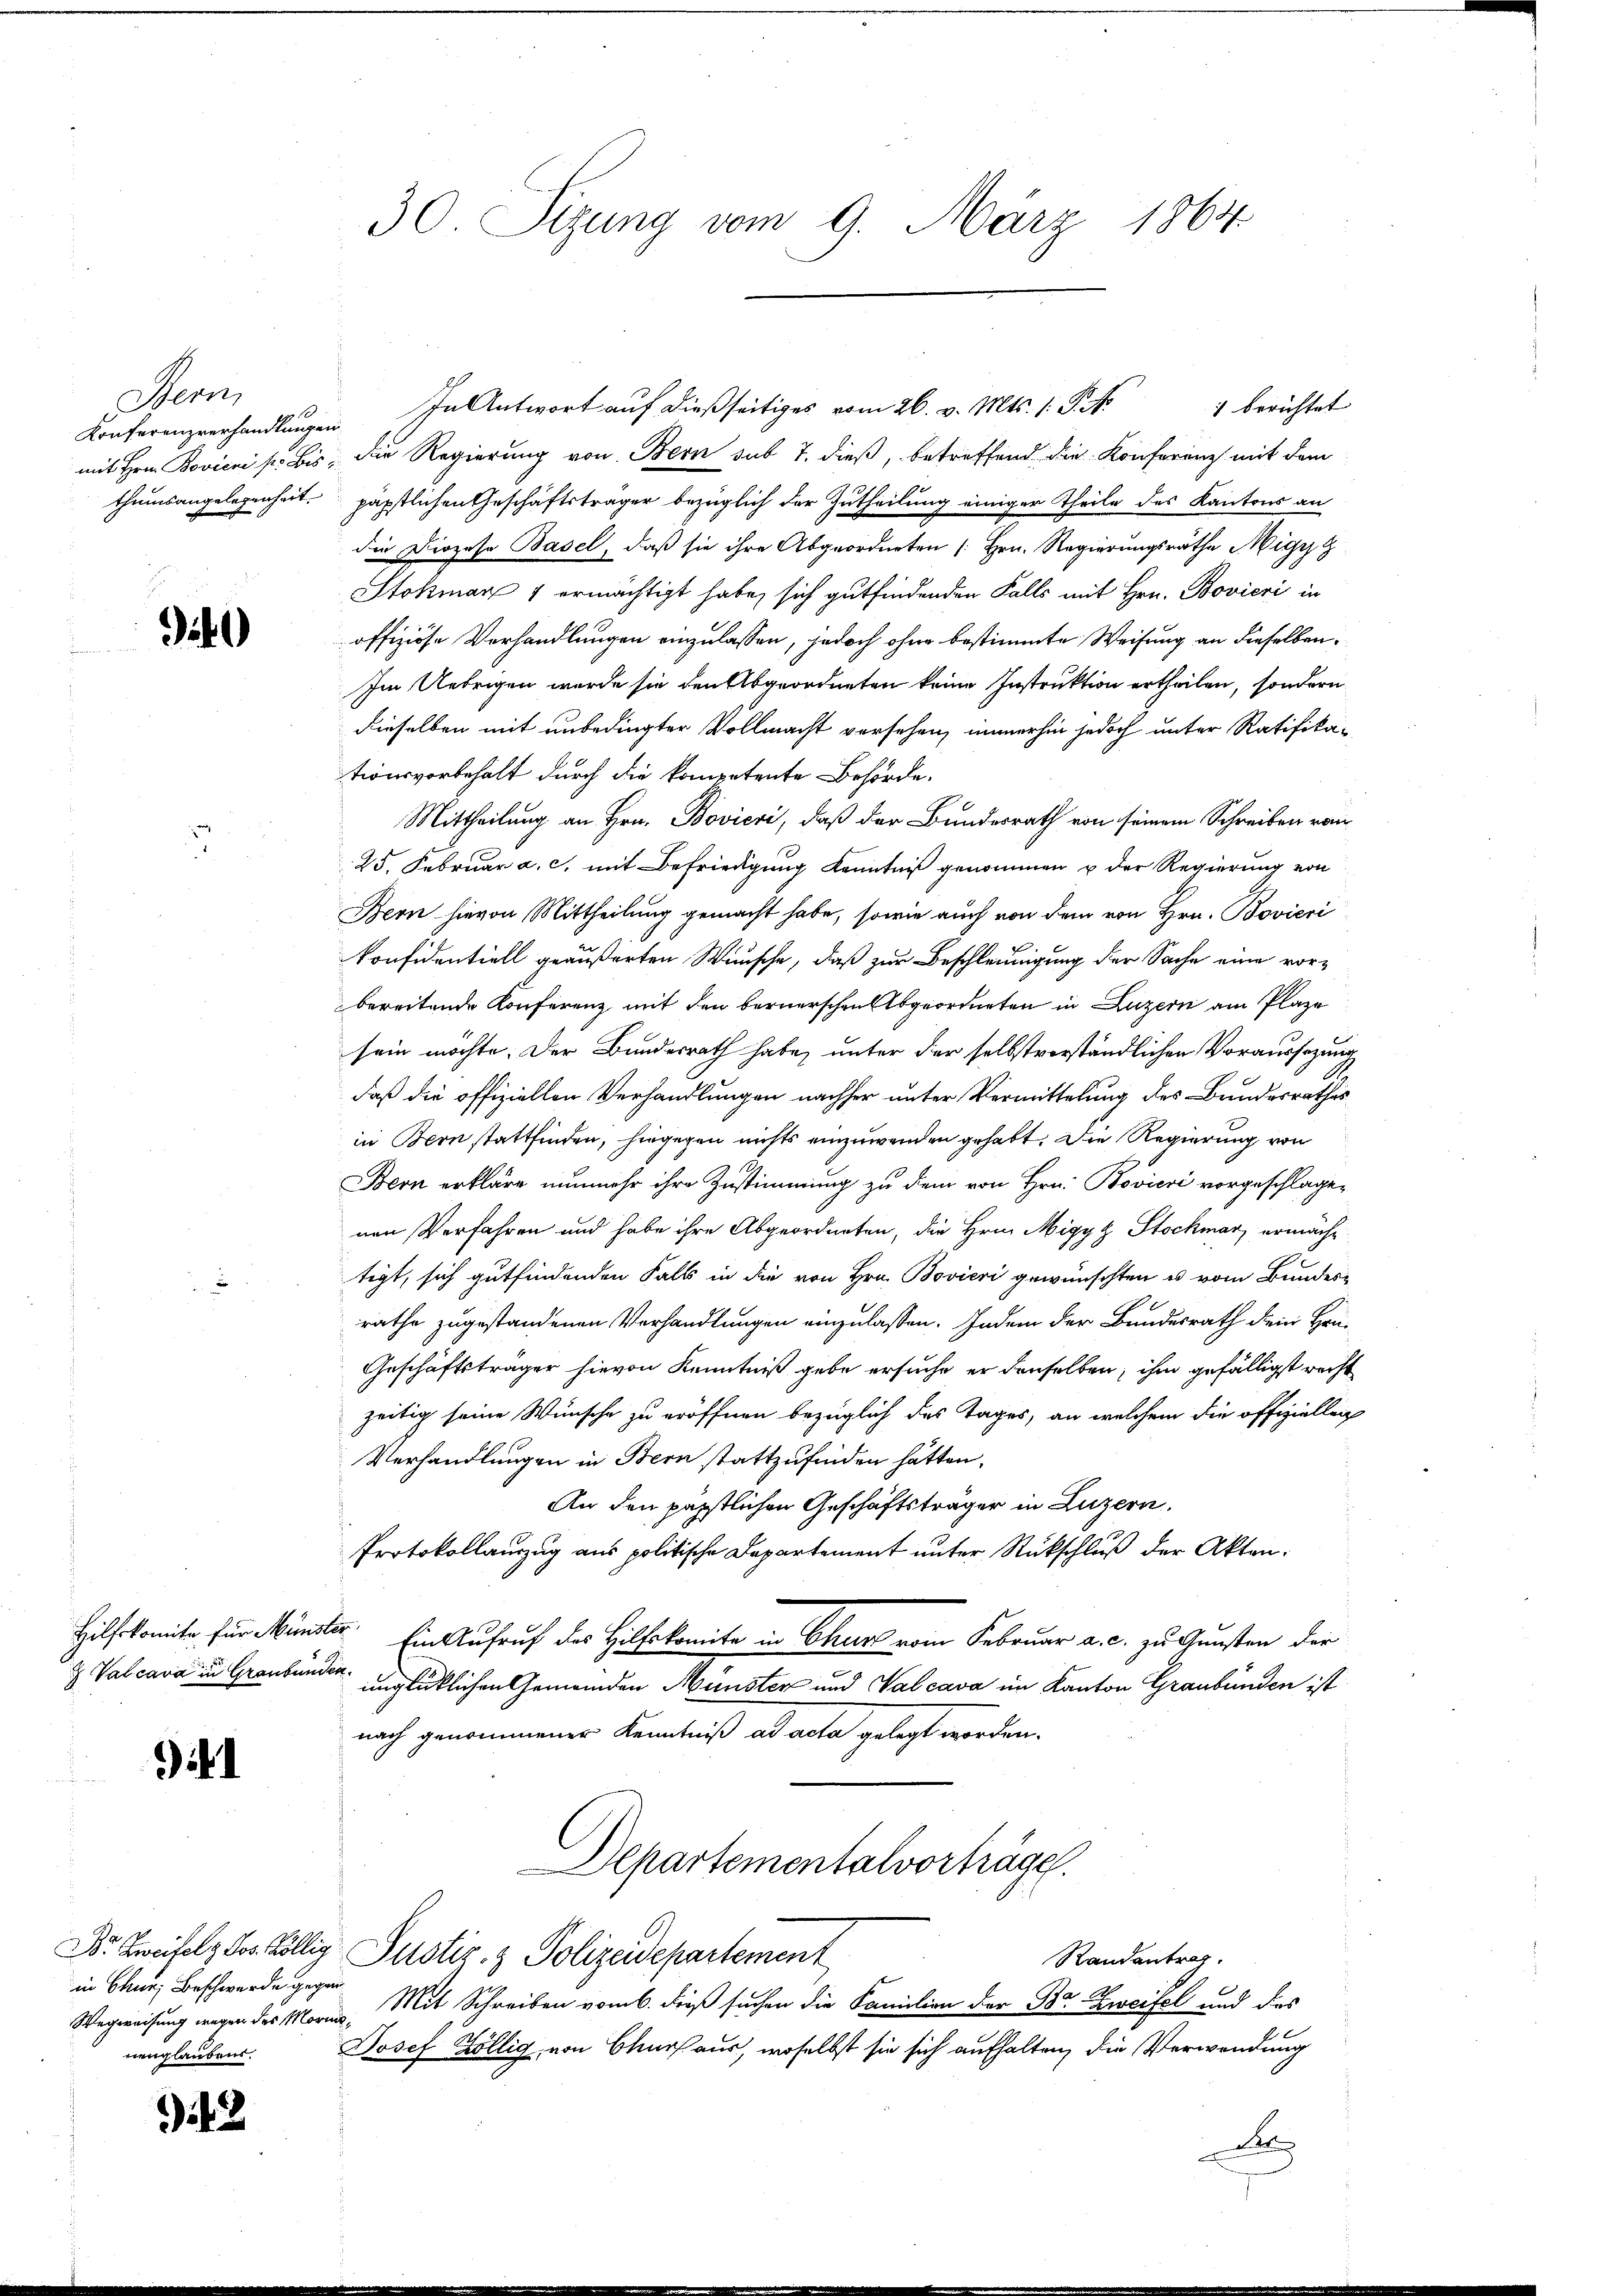
Stern,
thumsangelegenheit.

it1)

Valcara in Graubünden.

41

in Chur, Beschwerde gegen
nenglaubens.

43

30. Sizung vom 9. März 1864

1 berichtet
Konferenzverhandlungen In Antwort auf dießseitiges vom 26. v. Mts. 1. P. N.
mit Hrn. Bovicii p. bis, die Regierung von Bern sub 7. dieß, betreffend die Konferenz mit dem
päpstlichen Geschäftsträger bezüglich der Zutheilung einiger Theile des Kantons an
die Diözese Basel, daß sie ihre Abgeordneten [Hrn. Regierungsräthe Migy
Stokman 4 ermächtigt habe, sich gutfindenden Falls mit Hrn. Bovieri in
offiziöse Verhandlungen einzulassen, jedoch ohne bestimmte Weisung an dieselben¬
Im Uebrigen werde sie den Abgeordneten keine Instruktion ertheilen, sondern
dieselben mit unbedingter Vollmacht versehen, immerhin jedoch unter Ratifikationsvorbehalt durch die kompetente Behörde.
Mittheilung an Hrn. Bovieri, daß der Bundesrath von seinem Schreiben vom
25. Februar a. c. mit Befriedigung Kenntniß genommen u der Regierung von
Bern hievon Mittheilung gemacht habe, sowie auch von dem von Hrn. Bovieri
konfidentiell geäußerten Wünsche, daß zur Beschleunigung der Sache eine vorbereitende Konferenz mit den bernerschen Abgeordneten in Luzern am Plaze
sein möchte. Der Bundesrath habe, unter der selbstverständlichen Voraussazung
daß die offiziellen Verhandlungen nachher unter Vermittelung des Bandesrathes
in Bern stattfinden, hingegen nichts einzuwenden gehabt. Die Regierung von
Bern erkläre nunmehr ihre Zustimmung zu dem von Hrn. Bovieri vorgeschlage-
nen Verfahren und habe ihre Abgeordneten, die Hrn. Migyz Stockmar ermächt
tigt, sich gutfindenden Falls in die von Hrn. Bovieri gewünschten u vom Bundes-
rathe zugestandenen Verhandlungen einzulassen. Indem der Bundesrath dein Häu¬
Geschäftsträger hievon Kenntniß gebe ersuche er denselben, ihm gefälligst recht
zeitig seine Wünsche zu eröffnen bezüglich des Tages, an welchem die offizielleic
Verhandlungen in Bern stattzufinden hätten.
An den päpstlichen Geschäftsträger in Luzern,
Protokollauszug aus politische Departement unter Rückschluß der Akten¬
Hilfskomite für Münster. Ein Aufruf des Hilfskomite in Chur vom Februar a. c. zu Gunsten der
unglücklichen Gemeinden Münster und Vabcava im Kanton Graubünden ist
nach genommener Kenntniß ad acta gelegt worden.
Departementalvorträge.
Dr. Zweifelg Jos. Köllig Pustiz- & Polizeidepartement
Randentrag.
Wegweisung wegen des Morie, Mit Schreiben vom 6. dieß suchen die Familien der Br Zweifel und das
Josef Köllig, von Churf aus, woselbst sie sich aufhalten, die Verwendung
A